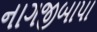
નાગજીબાપા